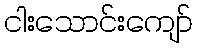
ငါးသောင်းကျော်